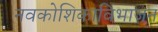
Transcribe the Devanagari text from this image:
नवकोशिकाविभाजन